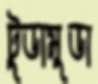
টুডামুডা